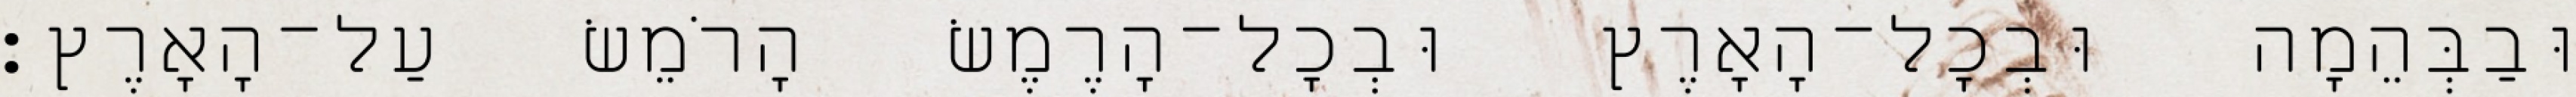
וּבַבְּהֵמָה וּבְכָל־הָאָרֶץ וּבְכָל־הָרֶמֶשׂ הָרֹמֵשׂ עַל־הָאָרֶץ׃